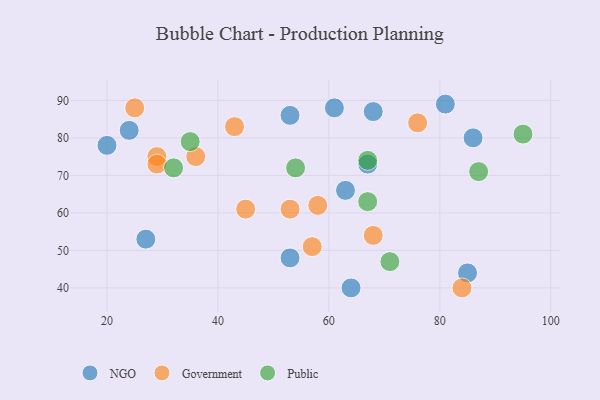
{"axis": {"x": "GDP", "y": "Life Expectancy"}, "legend": ["Government", "NGO", "Public"], "data": [{"x": "24", "y": 82, "type": "NGO"}, {"x": "53", "y": 86, "type": "NGO"}, {"x": "53", "y": 48, "type": "NGO"}, {"x": "81", "y": 89, "type": "NGO"}, {"x": "67", "y": 73, "type": "NGO"}, {"x": "63", "y": 66, "type": "NGO"}, {"x": "61", "y": 88, "type": "NGO"}, {"x": "64", "y": 40, "type": "NGO"}, {"x": "68", "y": 87, "type": "NGO"}, {"x": "86", "y": 80, "type": "NGO"}, {"x": "20", "y": 78, "type": "NGO"}, {"x": "27", "y": 53, "type": "NGO"}, {"x": "85", "y": 44, "type": "NGO"}, {"x": "25", "y": 88, "type": "Government"}, {"x": "58", "y": 62, "type": "Government"}, {"x": "53", "y": 61, "type": "Government"}, {"x": "76", "y": 84, "type": "Government"}, {"x": "68", "y": 54, "type": "Government"}, {"x": "45", "y": 61, "type": "Government"}, {"x": "29", "y": 75, "type": "Government"}, {"x": "43", "y": 83, "type": "Government"}, {"x": "29", "y": 73, "type": "Government"}, {"x": "84", "y": 40, "type": "Government"}, {"x": "57", "y": 51, "type": "Government"}, {"x": "36", "y": 75, "type": "Government"}, {"x": "95", "y": 81, "type": "Public"}, {"x": "67", "y": 74, "type": "Public"}, {"x": "32", "y": 72, "type": "Public"}, {"x": "71", "y": 47, "type": "Public"}, {"x": "54", "y": 72, "type": "Public"}, {"x": "35", "y": 79, "type": "Public"}, {"x": "87", "y": 71, "type": "Public"}, {"x": "67", "y": 63, "type": "Public"}]}